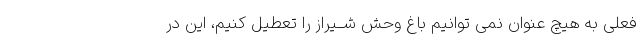
فعلى به هیچ عنوان نمى توانیم باغ وحش شــیراز را تعطیل کنیم، این در